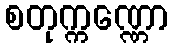
စတုက္ကဏ္ဏော